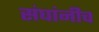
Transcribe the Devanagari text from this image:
संघांनीच